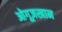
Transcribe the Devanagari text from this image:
ओगूज़खान